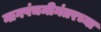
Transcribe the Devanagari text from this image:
नागपंचमीनंतरच्या